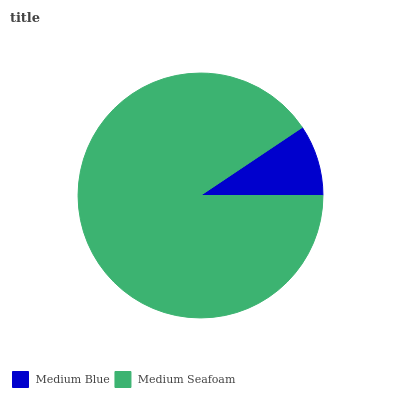
| Medium Blue | Medium Seafoam |
 | --- | --- |
 | 9.39% | 90.6% |